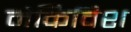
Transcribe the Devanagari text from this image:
मेकिविश